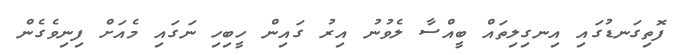
ފޮތިގަނޑުގައި އިނގިލިތައް ބީއްސާ ލެވުނު އިރު ގައިން ހީބިހި ނަގައި މެއަށް ފިނިވެގެން